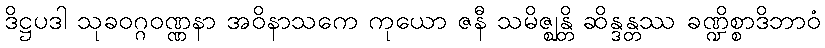
ဒိဋ္ဌပဒါ သုခဝဂ္ဂဝဏ္ဏနာ အဝိနာသကေ ကုယော ဇနီ သမိဇ္ဈန္တိ ဆိန္ဒန္တဿ ခဏ္ဍိစ္စာဒိဘာဝံ